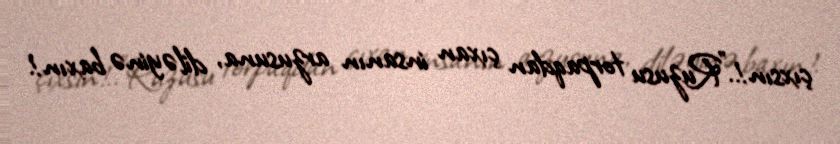
çıxsın!..”Ruzusu torpaqdan çıxan insanın arzusuna, diləyinə baxın!.